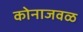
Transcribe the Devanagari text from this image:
कोनाजवळ